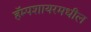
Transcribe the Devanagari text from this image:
हॅम्पशायरमधील